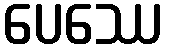
ပေဿေ